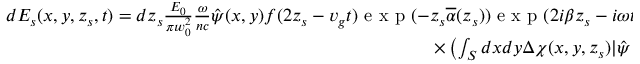
\begin{array} { r } { d E _ { s } ( x , y , z _ { s } , t ) = d z _ { s } \frac { E _ { 0 } } { \pi w _ { 0 } ^ { 2 } } \frac { \omega } { n c } \hat { \psi } ( x , y ) f ( 2 z _ { s } - v _ { g } t ) \mathrm { ~ e ~ x ~ p ~ } ( - z _ { s } \overline { { \alpha } } ( z _ { s } ) ) \mathrm { ~ e ~ x ~ p ~ } ( 2 i \beta z _ { s } - i \omega t + \pi / 2 ) \times } \\ { \times \left( \int _ { S } d x d y \Delta \chi ( x , y , z _ { s } ) | \hat { \psi } | ^ { 2 } ( x , y ) \right) , } \end{array}